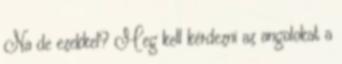
Na de ezekkel? Meg kell kérdezni az angolokat a